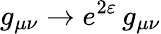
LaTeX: g_{\mu\nu}\to e^{2\varepsilon}\, g_{\mu\nu}